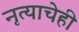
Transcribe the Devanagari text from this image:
नृत्याचेही